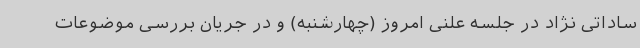
ساداتی نژاد در جلسه علنی امروز (چهارشنبه) و در جریان بررسی موضوعات